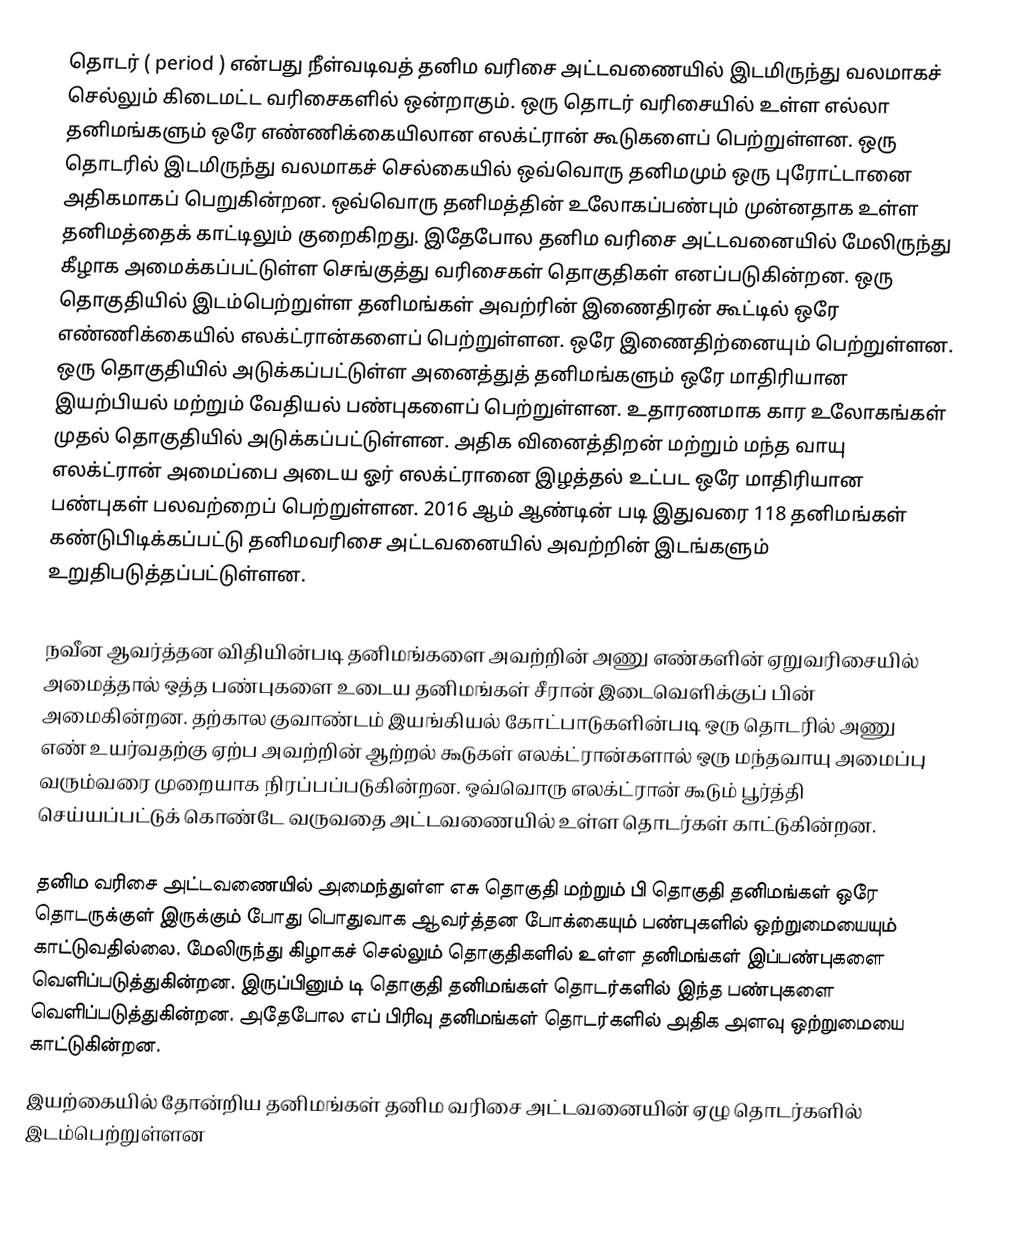
தொடர் ( period ) என்பது நீள்வடிவத் தனிம வரிசை அட்டவணையில் இடமிருந்து வலமாகச் செல்லும்  கிடைமட்ட வரிசைகளில் ஒன்றாகும். ஒரு தொடர் வரிசையில் உள்ள எல்லா தனிமங்களும் ஒரே எண்ணிக்கையிலான எலக்ட்ரான் கூடுகளைப் பெற்றுள்ளன. ஒரு தொடரில் இடமிருந்து வலமாகச் செல்கையில் ஒவ்வொரு தனிமமும் ஒரு புரோட்டானை அதிகமாகப் பெறுகின்றன. ஒவ்வொரு தனிமத்தின் உலோகப்பண்பும் முன்னதாக உள்ள தனிமத்தைக்  காட்டிலும் குறைகிறது. இதேபோல தனிம வரிசை அட்டவனையில் மேலிருந்து கீழாக அமைக்கப்பட்டுள்ள செங்குத்து வரிசைகள் தொகுதிகள் எனப்படுகின்றன. ஒரு தொகுதியில் இடம்பெற்றுள்ள தனிமங்கள் அவற்ரின் இணைதிரன் கூட்டில் ஒரே எண்ணிக்கையில் எலக்ட்ரான்களைப் பெற்றுள்ளன. ஒரே இணைதிற்னையும் பெற்றுள்ளன. ஒரு தொகுதியில் அடுக்கப்பட்டுள்ள அனைத்துத் தனிமங்களும் ஒரே மாதிரியான இயற்பியல் மற்றும் வேதியல் பண்புகளைப் பெற்றுள்ளன. உதாரணமாக கார உலோகங்கள் முதல் தொகுதியில் அடுக்கப்பட்டுள்ளன. அதிக வினைத்திறன் மற்றும் மந்த வாயு எலக்ட்ரான் அமைப்பை அடைய ஓர் எலக்ட்ரானை இழத்தல் உட்பட ஒரே மாதிரியான பண்புகள் பலவற்றைப் பெற்றுள்ளன. 2016 ஆம் ஆண்டின் படி இதுவரை 118 தனிமங்கள் கண்டுபிடிக்கப்பட்டு தனிமவரிசை அட்டவனையில் அவற்றின் இடங்களும் உறுதிபடுத்தப்பட்டுள்ளன.

நவீன ஆவர்த்தன விதியின்படி தனிமங்களை அவற்றின் அணு எண்களின் ஏறுவரிசையில் அமைத்தால் ஒத்த பண்புகளை உடைய தனிமங்கள் சீரான் இடைவெளிக்குப் பின் அமைகின்றன. தற்கால குவாண்டம் இயங்கியல் கோட்பாடுகளின்படி ஒரு தொடரில் அணு எண் உயர்வதற்கு ஏற்ப அவற்றின் ஆற்றல் கூடுகள் எலக்ட்ரான்களால் ஒரு மந்தவாயு அமைப்பு வரும்வரை முறையாக நிரப்பப்படுகின்றன. ஒவ்வொரு எலக்ட்ரான் கூடும் பூர்த்தி செய்யப்பட்டுக் கொண்டே வருவதை அட்டவணையில் உள்ள தொடர்கள் காட்டுகின்றன.

தனிம வரிசை அட்டவணையில் அமைந்துள்ள எசு தொகுதி மற்றும் பி தொகுதி தனிமங்கள் ஒரே தொடருக்குள் இருக்கும் போது பொதுவாக ஆவர்த்தன போக்கையும் பண்புகளில் ஒற்றுமையையும் காட்டுவதில்லை. மேலிருந்து கிழாகச் செல்லும் தொகுதிகளில் உள்ள தனிமங்கள் இப்பண்புகளை வெளிப்படுத்துகின்றன. இருப்பினும் டி தொகுதி தனிமங்கள் தொடர்களில் இந்த பண்புகளை வெளிப்படுத்துகின்றன. அதேபோல எப் பிரிவு தனிமங்கள் தொடர்களில் அதிக அளவு ஒற்றுமையை காட்டுகின்றன.
இயற்கையில் தோன்றிய தனிமங்கள் தனிம வரிசை அட்டவனையின் ஏழு தொடர்களில் இடம்பெற்றுள்ளன